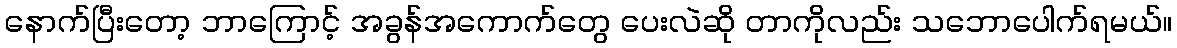
နောက်ပြီးတော့ ဘာကြောင့် အခွန်အကောက်တွေ ပေးလဲဆို တာကိုလည်း သဘောပေါက်ရမယ်။